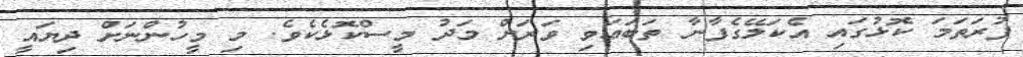
ފުރަތަމަ ކޮޅުގައި އެކަލޭގެފާނާ ތަބަޢަވި ވަރަށް މަދު މީސްކޮޅެކެވެ. މި މީހުންނަށް ދިޔައީ